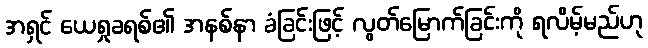
အရှင် ယေရှုခရစ်၏ အနစ်နာ ခံခြင်းဖြင့် လွတ်မြောက်ခြင်းကို ရလိမ့်မည်ဟု